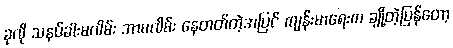
ခုလို သနပ်ခါးမလိမ်း ဘာမလိမ်း နေတတ်တဲ့အပြင် ကျန်းမာရေးက ချို့တဲ့ပြန်တော့